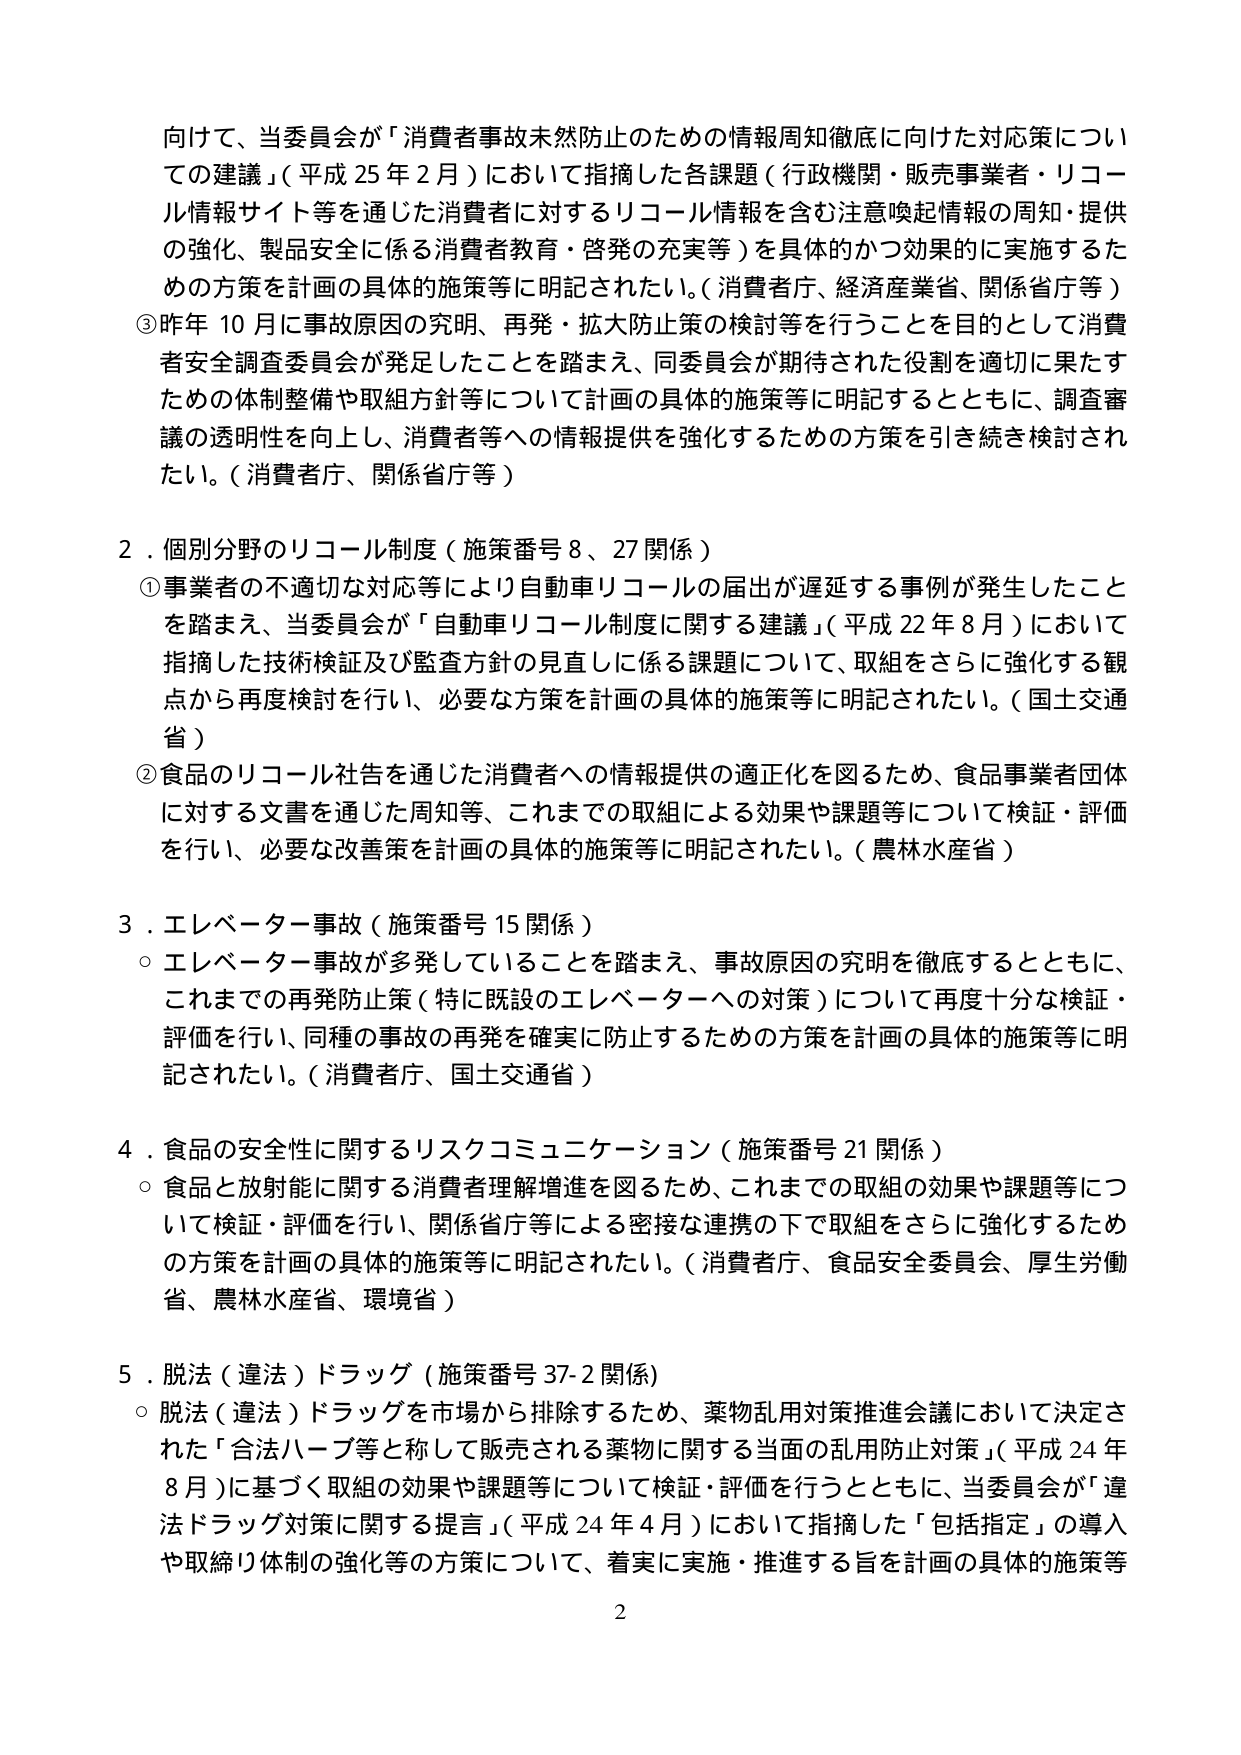
向けて、当委員会が「消費者事故未然防止のための情報周知徹底に向けた対応策についての建議」（平成25年2月）において指摘した各課題（行政機関・販売事業者・リコール情報サイト等を通じた消費者に対するリコール情報を含む注意喚起情報の周知・提供の強化、製品安全に係る消費者教育・啓発の充実等）を具体的かつ効果的に実施するための方策を計画の具体的施策等に明記されたい。（消費者庁、経済産業省、関係省庁等）

③ 昨年10月に事故原因の究明、再発・拡大防止策の検討等を行うことを目的として消費者安全調査委員会が発足したことを踏まえ、同委員会が期待された役割を適切に果たすための体制整備や取組方針等について計画の具体的施策等に明記するとともに、調査審議の透明性を向上し、消費者等への情報提供を強化するための方策を引き続き検討されたい。（消費者庁、関係省庁等）

2．個別分野のリコール制度（施策番号8、27関係）

① 事業者の不適切な対応等により自動車リコールの届出が遅延する事例が発生したことを踏まえ、当委員会が「自動車リコール制度に関する建議」（平成22年8月）において指摘した技術検証及び監査方針の見直しに係る課題について、取組をさらに強化する観点から再度検討を行い、必要な方策を計画の具体的施策等に明記されたい。（国土交通省）

② 食品のリコール社告を通じた消費者への情報提供の適正化を図るため、食品事業者団体に対する文書を通じた周知等、これまでの取組による効果や課題等について検証・評価を行い、必要な改善策を計画の具体的施策等に明記されたい。（農林水産省）

3．エレベーター事故（施策番号15関係）

○ エレベーター事故が多発していることを踏まえ、事故原因の究明を徹底するとともに、これまでの再発防止策（特に既設のエレベーターへの対策）について再度十分な検証・評価を行い、同種の事故の再発を確実に防止するための方策を計画の具体的施策等に明記されたい。（消費者庁、国土交通省）

4．食品の安全性に関するリスクコミュニケーション（施策番号21関係）

○ 食品と放射能に関する消費者理解増進を図るため、これまでの取組の効果や課題等について検証・評価を行い、関係省庁等による密接な連携の下で取組をさらに強化するための方策を計画の具体的施策等に明記されたい。（消費者庁、食品安全委員会、厚生労働省、農林水産省、環境省）

5．脱法（違法）ドラッグ（施策番号37-2関係）

○ 脱法（違法）ドラッグを市場から排除するため、薬物乱用対策推進会議において決定された「合法ハーブ等と称して販売される薬物に関する当面の乱用防止対策」（平成24年8月）に基づく取組の効果や課題等について検証・評価を行うとともに、当委員会が「違法ドラッグ対策に関する提言」（平成24年4月）において指摘した「包括指定」の導入や取締り体制の強化等の方策について、着実に実施・推進する旨を計画の具体的施策等

2